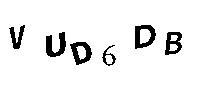
VUD6DB